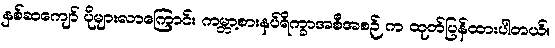
နှစ်ဆကျော် ပိုများလာကြောင်း ကမ္ဘာ့စားနပ်ရိက္ခာအစီအစဉ် က ထုတ်ပြန်ထားပါတယ်။